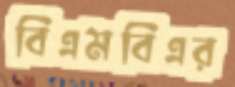
বিএমবিএর